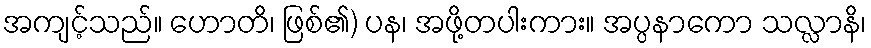
အကျင့်သည်။ ဟောတိ၊ ဖြစ်၏) ပန၊ အဖို့တပါးကား။ အပ္ပနာကော သလ္လာနိ၊